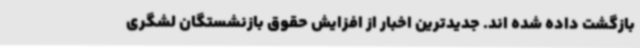
بازگشت داده شده اند. جدیدترین اخبار از افزایش حقوق بازنشستگان لشگری